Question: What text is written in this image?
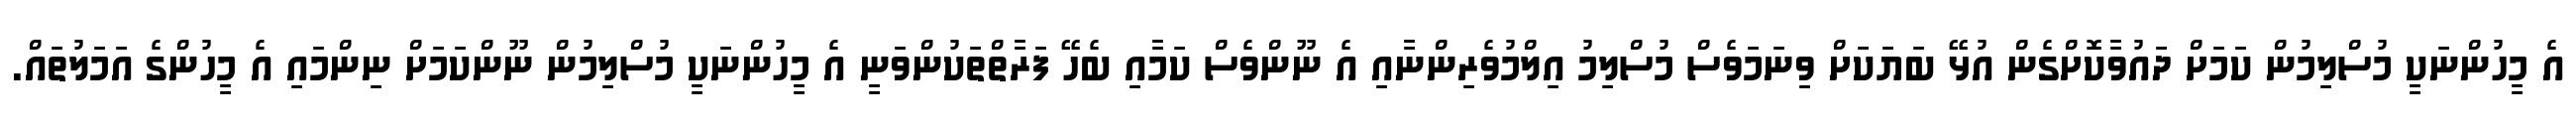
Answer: އެ މީހުންނަކީ މުސްލިމުން ކަމަށް ދައުވާކޮށްގެން އުޅޭ ބަޔަކަށް ވިނަމަވެސް މުސްލިމު އިލްމުވެރިންނާއި އެ ނޫންވެސް ކަމާއި ބެހޭ ފަރާތްތަކުންވަނީ އެ މީހުންނަކީ މުސްލިމުން ނޫންކަމަށް ނިންމައި އެ މީހުންގެ އަމަލުތައް.